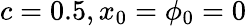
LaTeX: c=0.5,x_{0}=\phi_{0}=0